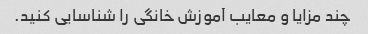
چند مزایا و معایب آموزش خانگی را شناسایی کنید.